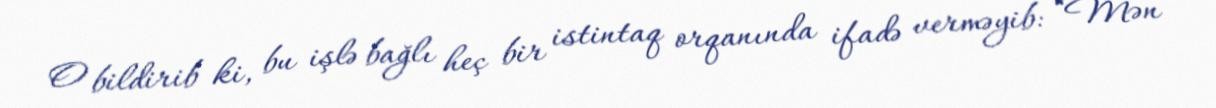
O bildirib ki, bu işlə bağlı heç bir istintaq orqanında ifadə verməyib: “Mən